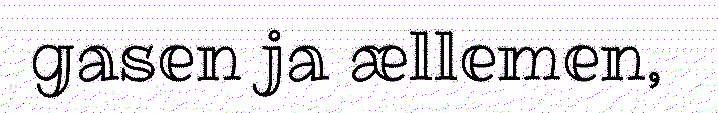
gasen ja ællemen,